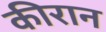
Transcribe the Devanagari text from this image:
कीरान